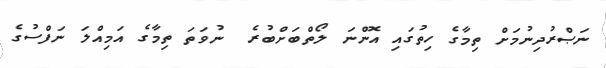
ނަޞްރުދިނުމަށް ތިމާގެ ހިތުގައި އޮންނަ ލޯތްބަށްބުރެ  ނުވަތަ ތިމާގެ އަމިއްލަ ނަފްސުގެ